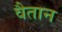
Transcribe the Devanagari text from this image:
वैतान